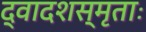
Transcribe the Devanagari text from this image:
द्वादशस्मृताः